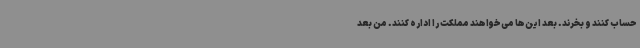
حساب کنند و بخرند. بعد این‌ها می‌خواهند مملکت را اداره کنند. من بعد